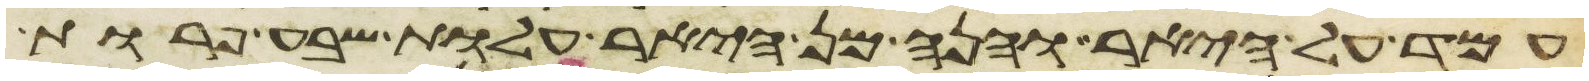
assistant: עמד על היאר והנה מן היאר עלות שבע פרות